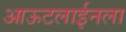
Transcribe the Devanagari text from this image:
आऊटलाईनला